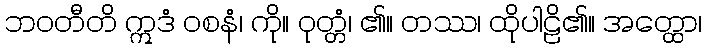
ဘဝတီတိ ဣဒံ ဝစနံ၊ ကို။ ဝုတ္တံ၊ ၏။ တဿ၊ ထိုပါဠိ၏။ အတ္ထော၊